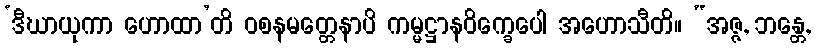
‘ဒီဃာယုကာ ဟောထာ’တိ ဝစနမတ္တေနာပိ ကမ္မဋ္ဌာနဝိက္ခေပေါ အဟောသီတိ။ “အဇ္ဇ, ဘန္တေ,